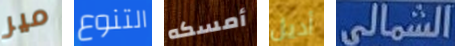
مير التنوع أمسكه أديل الشمالى